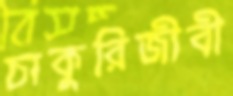
চাকুরিজীবী